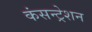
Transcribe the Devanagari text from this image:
कंसन्ट्रेशन